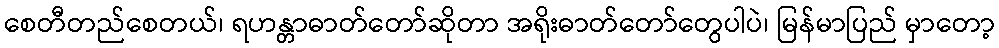
စေတီတည်စေတယ်၊ ရဟန္တာဓာတ်တော်ဆိုတာ အရိုးဓာတ်တော်တွေပါပဲ၊ မြန်မာပြည် မှာတော့